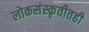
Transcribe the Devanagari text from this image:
लोकसंस्कृतीतही